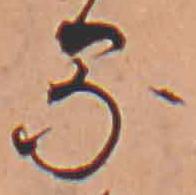
る